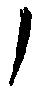
ノ